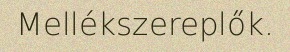
Mellékszereplők.